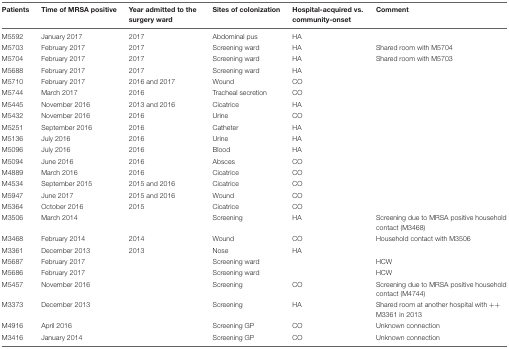
<table><thead><tr><td><b>Patients</b></td><td><b>Time of MRSA positive</b></td><td><b>Year admitted to the surgery ward</b></td><td><b>Sites of colonization</b></td><td><b>Hospital-acquired vs. community-onset</b></td><td><b>Comment</b></td></tr></thead><tbody><tr><td>M5592</td><td>January 2017</td><td>2017</td><td>Abdominal pus</td><td>HA</td><td></td></tr><tr><td>M5703</td><td>February 2017</td><td>2017</td><td>Screening ward</td><td>HA</td><td>Shared room with M5704</td></tr><tr><td>M5704</td><td>February 2017</td><td>2017</td><td>Screening ward</td><td>HA</td><td>Shared room with M5703</td></tr><tr><td>M5688</td><td>February 2017</td><td>2017</td><td>Screening ward</td><td>HA</td><td></td></tr><tr><td>M5710</td><td>February 2017</td><td>2016 and 2017</td><td>Wound</td><td>CO</td><td></td></tr><tr><td>M5744</td><td>March 2017</td><td>2016</td><td>Tracheal secretion</td><td>CO</td><td></td></tr><tr><td>M5445</td><td>November 2016</td><td>2013 and 2016</td><td>Cicatrice</td><td>HA</td><td></td></tr><tr><td>M5432</td><td>November 2016</td><td>2016</td><td>Urine</td><td>CO</td><td></td></tr><tr><td>M5251</td><td>September 2016</td><td>2016</td><td>Catheter</td><td>HA</td><td></td></tr><tr><td>M5136</td><td>July 2016</td><td>2016</td><td>Urine</td><td>HA</td><td></td></tr><tr><td>M5096</td><td>July 2016</td><td>2016</td><td>Blood</td><td>HA</td><td></td></tr><tr><td>M5094</td><td>June 2016</td><td>2016</td><td>Absces</td><td>CO</td><td></td></tr><tr><td>M4889</td><td>March 2016</td><td>2016</td><td>Cicatrice</td><td>CO</td><td></td></tr><tr><td>M4534</td><td>September 2015</td><td>2015 and 2016</td><td>Cicatrice</td><td>CO</td><td></td></tr><tr><td>M5947</td><td>June 2017</td><td>2015 and 2016</td><td>Wound</td><td>CO</td><td></td></tr><tr><td>M5364</td><td>October 2016</td><td>2015</td><td>Cicatrice</td><td>CO</td><td></td></tr><tr><td>M3506</td><td>March 2014</td><td></td><td>Screening</td><td>HA</td><td>Screening due to MRSA positive household contact (M3468)</td></tr><tr><td>M3468</td><td>February 2014</td><td>2014</td><td>Wound</td><td>CO</td><td>Household contact with M3506</td></tr><tr><td>M3361</td><td>December 2013</td><td>2013</td><td>Nose</td><td>HA</td><td></td></tr><tr><td>M5687</td><td>February 2017</td><td></td><td>Screening ward</td><td></td><td>HCW</td></tr><tr><td>M5686</td><td>February 2017</td><td></td><td>Screening ward</td><td></td><td>HCW</td></tr><tr><td>M5457</td><td>November 2016</td><td></td><td>Screening</td><td>CO</td><td>Screening due to MRSA positive household contact (M4744)</td></tr><tr><td>M3373</td><td>December 2013</td><td></td><td>Screening</td><td>HA</td><td>Shared room at another hospital with ++ M3361 in 2013</td></tr><tr><td>M4916</td><td>April 2016</td><td></td><td>Screening GP</td><td>CO</td><td>Unknown connection</td></tr><tr><td>M3416</td><td>January 2014</td><td></td><td>Screening GP</td><td>CO</td><td>Unknown connection</td></tr></tbody></table>